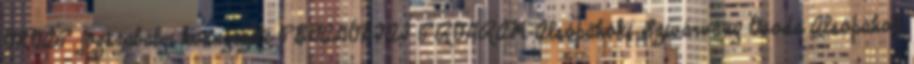
ONOAP jogszabályi környezete PEDAGÓGIAI PROGRAM Alsópáhoki Szivárvány Óvoda Alsópáhok